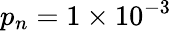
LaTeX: p_{n}=1\times 10^{-3}